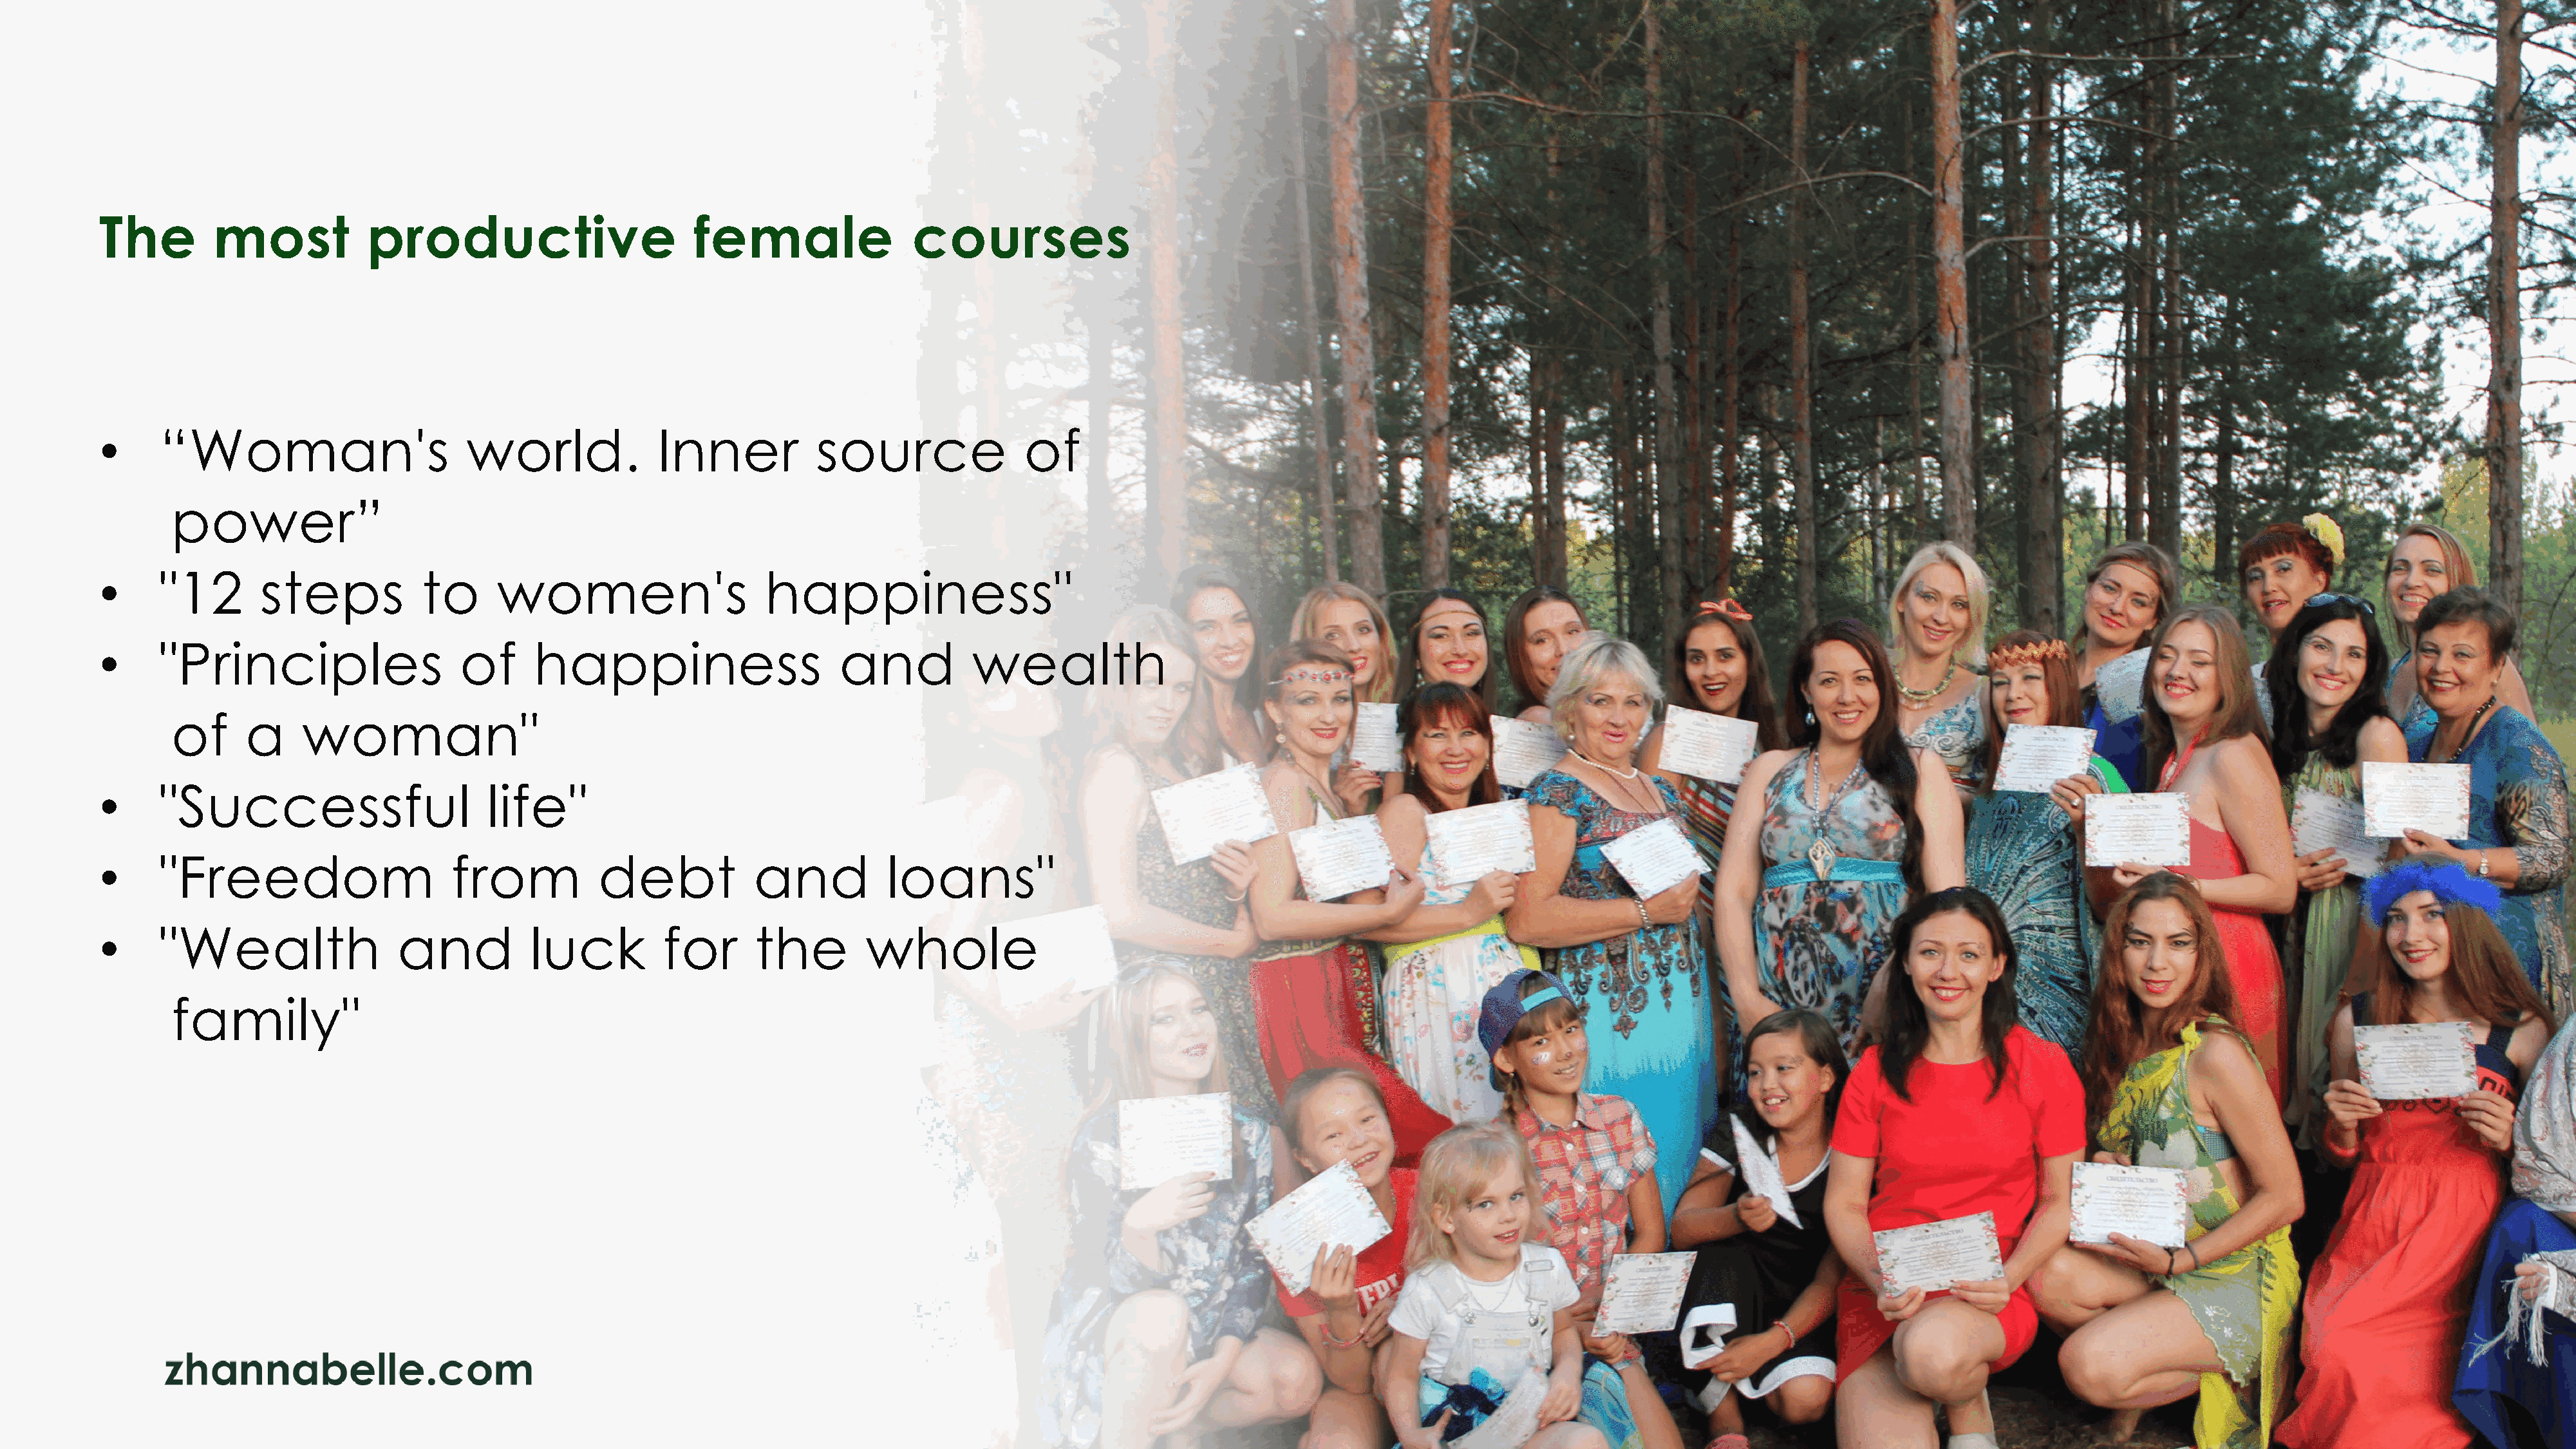
The         most            productive                       female                 courses
 •     “Woman's                        world.              Inner           source               of
 power”
 •     "12        steps           to      women's                     happiness"
 •     "Principles                    of      happiness                      and           wealth
 of     a     woman"
 •     "Successful                       life"
 •     "Freedom                      from           debt            and           loans"
 •     "Wealth                  and           luck         for       the        whole
 family"